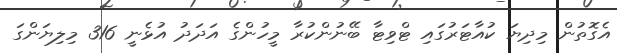
އެގޮތުން މިދިޔަ ކުއާޓަރުގައި ޓްވިޓާ ބޭނުންކުރާ މީހުންގެ އަދަދު އުޅެނީ 316 މިލިޔަންގަ